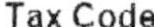
TAX CODE